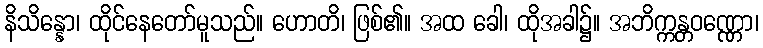
နိသိန္နော၊ ထိုင်နေတော်မူသည်။ ဟောတိ၊ ဖြစ်၏။ အထ ခေါ၊ ထိုအခါ၌။ အဘိက္ကန္တဝဏ္ဏော၊